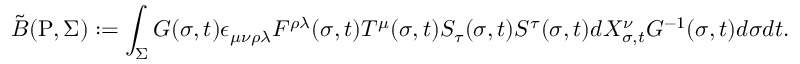
{ \tilde { B } } ( \mathrm { P } , { \Sigma } ) : = \int _ { \Sigma } G ( \sigma , t ) \epsilon _ { \mu \nu \rho \lambda } F ^ { \rho \lambda } ( \sigma , t ) T ^ { \mu } ( \sigma , t ) S _ { \tau } ( \sigma , t ) S ^ { \tau } ( \sigma , t ) d { X _ { \sigma , t } ^ { \nu } } G ^ { - 1 } ( \sigma , t ) d \sigma d t .